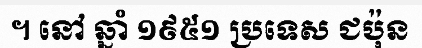
។ នៅ ឆ្នាំ ១៩៥១ ប្រទេស ជប៉ុន